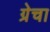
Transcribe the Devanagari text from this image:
ग्रेचा